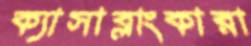
ক্যাসাব্লাংকারা